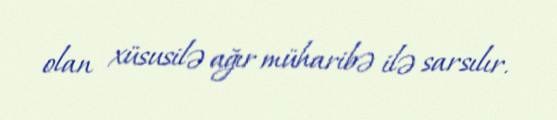
olan xüsusilə ağır müharibə ilə sarsılır.